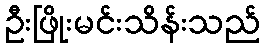
ဦးဖြိုးမင်းသိန်းသည်